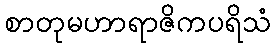
စာတုမဟာရာဇိကပရိသံ